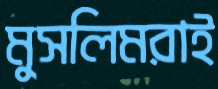
মুসলিমরাই